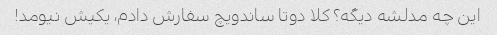
این چه مدلشه دیگه؟ کلا دوتا ساندویچ سفارش دادم، یکیش نیومد!